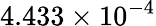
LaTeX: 4.433\times 10^{-4}